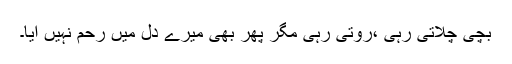
بچی چلاتی رہی ،روتی رہی مگر پھر بھی میرے دل میں رحم نہیں آیا۔